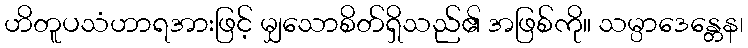
ဟိတူပသံဟာရအားဖြင့် မျှသောစိတ်ရှိသည်၏ အဖြစ်ကို။ သမ္ပာဒေန္တေန၊